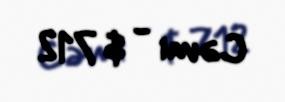
Cəmi - $ 712